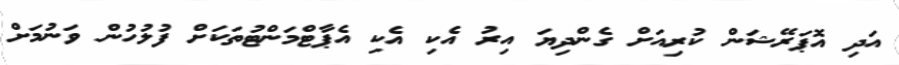
އަދި އޮޕަރޭޝަން ކުރިއަށް ގެންދިޔަ އިރު އެކި އެކި އެޕާޓްމަންޓުތަކަށް ފުލުހުން ވަނުމަށް